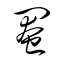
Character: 閹